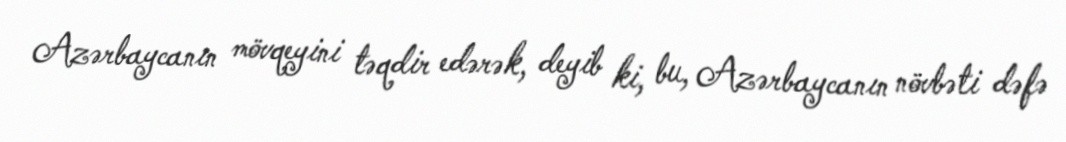
Azərbaycanın mövqeyini təqdir edərək, deyib ki, bu, Azərbaycanın növbəti dəfə